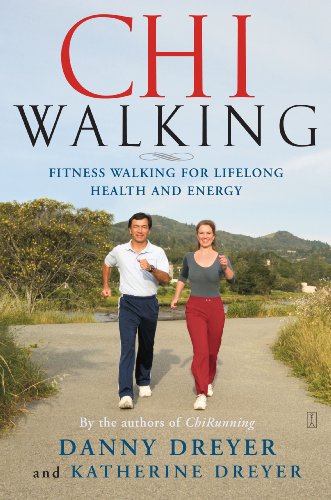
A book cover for ChiWalking: Fitness Walking for Lifelong Health and Energy; Danny Dreyer; Health, Fitness & Dieting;